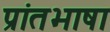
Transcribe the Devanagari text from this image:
प्रांतभाषा